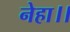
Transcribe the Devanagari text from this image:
नेहा।।